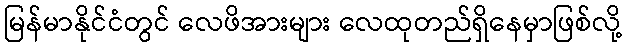
မြန်မာနိုင်ငံတွင် လေဖိအားများ လေထုတည်ရှိနေမှာဖြစ်လို့